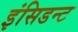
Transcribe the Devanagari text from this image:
इंसिडन्ट